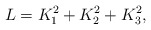
\begin{align*} L=K_1^2+K_2^2+K_3^2,\end{align*}